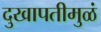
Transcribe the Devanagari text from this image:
दुखापतीमुळं